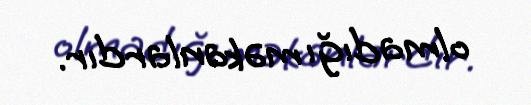
olmadığı məkanlardır.